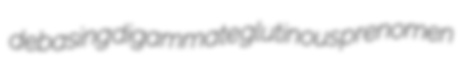
debasing digammate glutinous prenomen